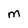
Character: m